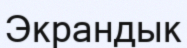
Экрандык